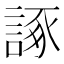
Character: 諑